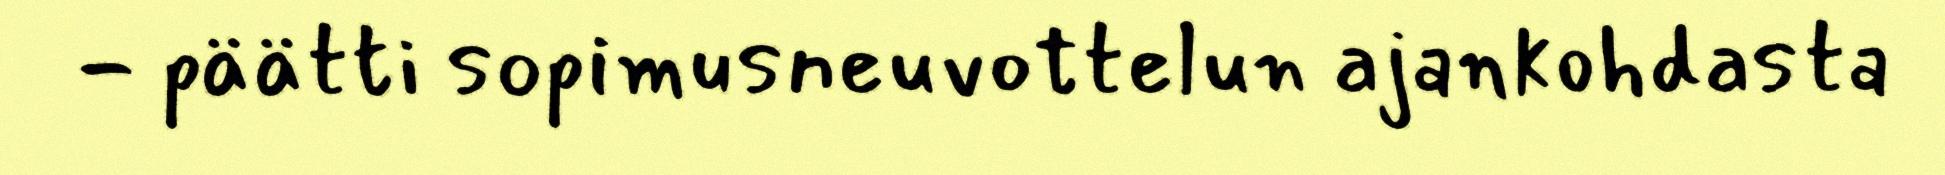
- päätti sopimusneuvottelun ajankohdasta